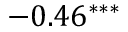
- 0 . 4 6 ^ { * * * }